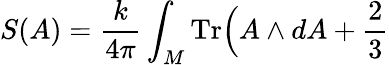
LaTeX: S(A)={\frac{k}{4\pi}}\int_{M}\mathrm{Tr}\Bigl(A\wedge dA+{\frac{2}{3}}